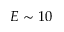
E \sim 1 0